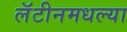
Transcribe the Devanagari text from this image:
लॅटीनमधल्या